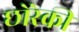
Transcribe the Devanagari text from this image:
छोरेकी